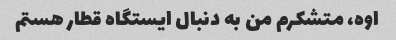
اوه، متشکرم من به دنبال ایستگاه قطار هستم